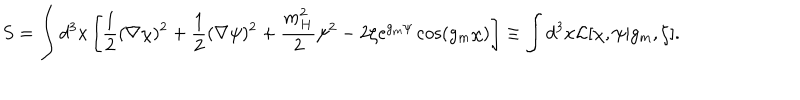
LaTeX: S = \int d ^ { 3 } x \left[ \frac 1 2 ( \nabla \chi ) ^ { 2 } + \frac 1 2 ( \nabla \psi ) ^ { 2 } + \frac { m _ { H } ^ { 2 } } { 2 } \psi ^ { 2 } - 2 \zeta \mathrm { e } ^ { g _ { m } \psi } \cos ( g _ { m } \chi ) \right] \equiv \int d ^ { 3 } x { \cal L } [ \chi , \psi | g _ { m } , \zeta ] .